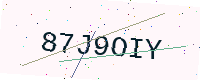
Text: 87J9OIY